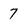
Character: 7